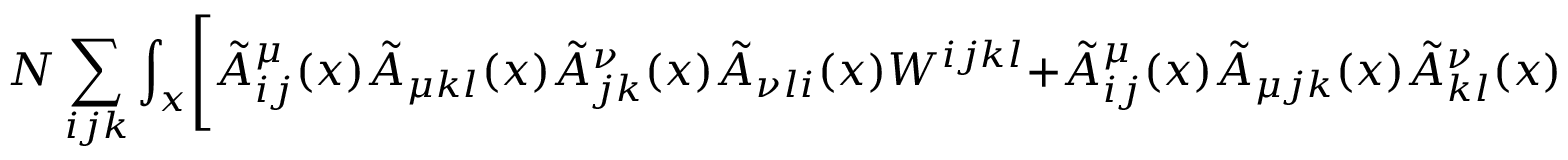
N \sum _ { i j k } \int _ { x } \Biggl [ \tilde { A } _ { i j } ^ { \mu } ( x ) \tilde { A } _ { \mu k l } ( x ) \tilde { A } _ { j k } ^ { \nu } ( x ) \tilde { A } _ { \nu l i } ( x ) W ^ { i j k l } + \tilde { A } _ { i j } ^ { \mu } ( x ) \tilde { A } _ { \mu j k } ( x ) \tilde { A } _ { k l } ^ { \nu } ( x ) \tilde { A } _ { \nu l i } ( x ) L ^ { i j k l } \Biggr ] .